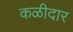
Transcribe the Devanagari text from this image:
कळीदार